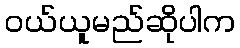
ဝယ်ယူမည်ဆိုပါက